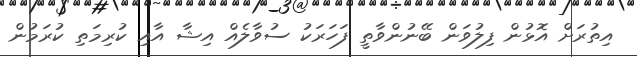
އިތުރަށް އޮޅުން ފިލުވަން ބޭނުންވާތީ ފަހަރަކު ސުވާލެއް އިޝާ އާއި ކުރިމަތި ކުރަމުން